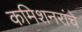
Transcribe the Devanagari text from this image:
कमिशनरांचे